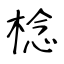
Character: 棯